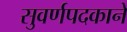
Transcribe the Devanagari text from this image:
सुवर्णपदकाने